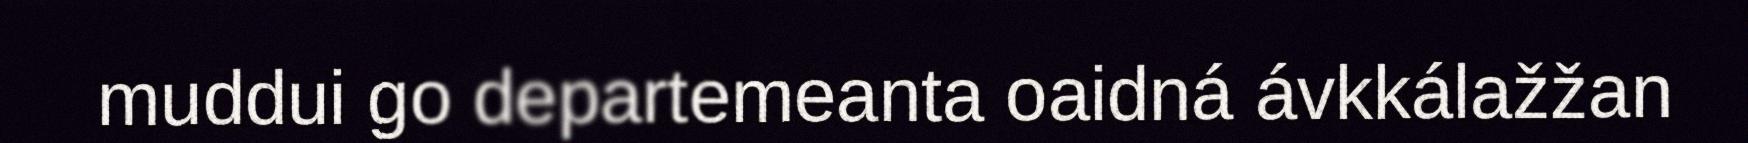
muddui go departemeanta oaidná ávkkálažžan